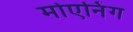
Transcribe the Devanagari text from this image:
मोएनिंग